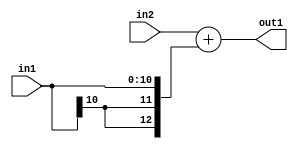
`timescale 1ps / 1ps
/*****************************************************************************
    Verilog RTL Description
    
    
    Created by: Stratus DpOpt 2019.1.01 
*******************************************************************************/

module DC_Filter_Add_13Sx11S_13S_1 (
	in2,
	in1,
	out1
	); /* architecture "behavioural" */ 
input [12:0] in2;
input [10:0] in1;
output [12:0] out1;
wire [12:0] asc001;

assign asc001 = 
	+(in2)
	+({{2{in1[10]}}, in1});

assign out1 = asc001;
endmodule

/* CADENCE  ubPzQwA= : u9/ySgnWtBlWxVPRXgAZ4Og= ** DO NOT EDIT THIS LINE ******/